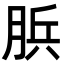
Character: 𦛼